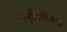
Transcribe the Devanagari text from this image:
स्मृतिभिरुक्त